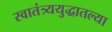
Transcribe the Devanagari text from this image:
स्वातंत्र्ययुद्धातल्या